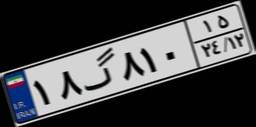
۱۸گ۸۱۰۱۵